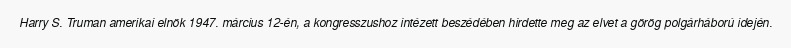
Harry S. Truman amerikai elnök 1947. március 12-én, a kongresszushoz intézett beszédében hirdette meg az elvet a görög polgárháború idején.